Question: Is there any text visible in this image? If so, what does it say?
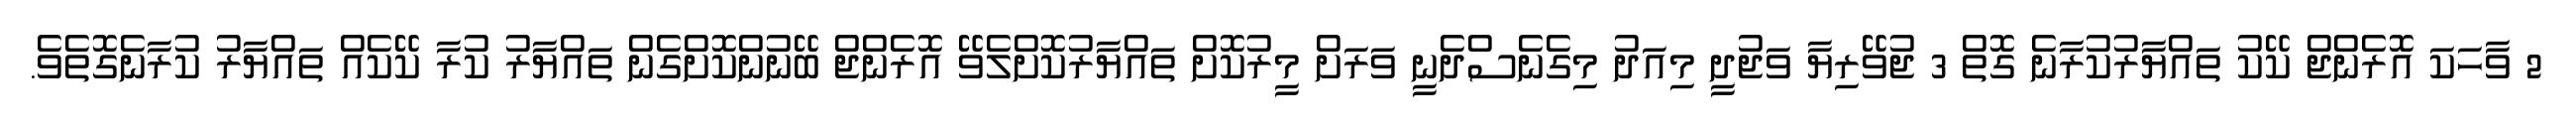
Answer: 2 ވާހަކަ އޮރެންޖް ކޭކު ތައްޔާރުކުރާނެ ގޮތް 3 ޖުވޭރިޔާ ވަޖުދީ މިއަދު މިގެނެސްދެނީ ވަރަށް މީރުކޮށް ތައްޔާރުކޮށްލެވޭ އޮރެންޖް ބޭނުންކޮށްގެން ތައްޔާރު ކުރާ ކޭކެއް ތައްޔާރު ކުރާނެގޮތެވެ.